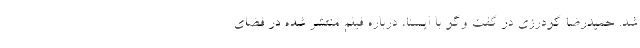
شد. حمیدرضا گودرزی در گفت وگو با ایسنا، درباره فیلم منتشر شده در فضای